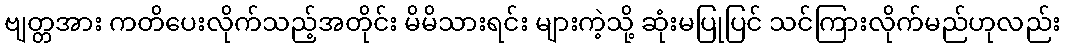
ဗျတ္တအား ကတိပေးလိုက်သည့်အတိုင်း မိမိသားရင်း များကဲ့သို့ ဆုံးမပြုပြင် သင်ကြားလိုက်မည်ဟုလည်း